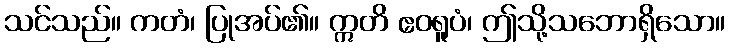
သင်သည်။ ကတံ၊ ပြုအပ်၏။ ဣတိ ဧဝရူပံ၊ ဤသို့သဘောရှိသော။